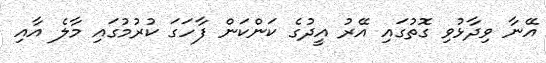
އޭނާ ވިދާޅުވި ގޮތުގައި އޭރު އީދުގެ ކަންކަން ފާހަގަ ކުރުމުގައި މާލެ އާއި